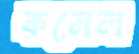
কনেল